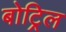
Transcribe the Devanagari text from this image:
बोट्रिल